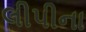
લીપીના